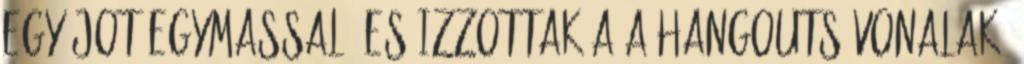
egy jot egymassal, es izzottak a a hangouts vonalak: